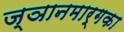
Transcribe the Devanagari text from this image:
ज्ञानमार्गका